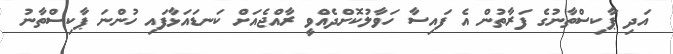
އަދި ޕާކިސްތާނުގެ ފަރާތުން އެ ފައިސާ ހަވާލުކޮށްދެއްވީ ރާއްޖެއަށް ކަނޑައަޅާފައި ހުންނަ ޕާކިސްތާނު